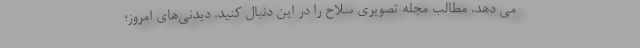
می دهد. مطالب مجله تصویری سلاح را در این دنبال کنید. دیدنی‌های امروز؛